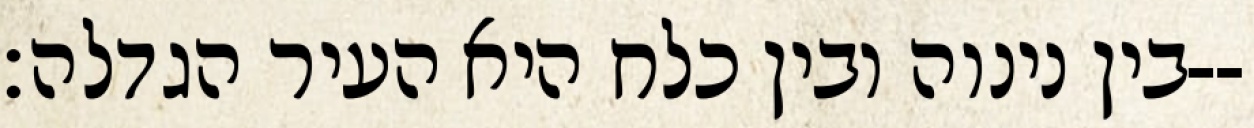
בין נינוה ובין כלח היא העיר הגדלה׃--